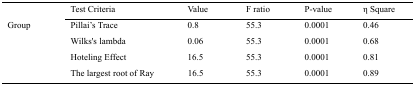
<table><thead><tr><td></td><td><b>Test Criteria</b></td><td><b>Value</b></td><td><b>F ratio</b></td><td><b>P-value</b></td><td><b>η Square</b></td></tr></thead><tbody><tr><td rowspan="4">Group</td><td>Pillai’s Trace</td><td>0.8</td><td>55.3</td><td>0.0001</td><td>0.46</td></tr><tr><td>Wilks’s lambda</td><td>0.06</td><td>55.3</td><td>0.0001</td><td>0.68</td></tr><tr><td>Hoteling Effect</td><td>16.5</td><td>55.3</td><td>0.0001</td><td>0.81</td></tr><tr><td>The largest root of Ray</td><td>16.5</td><td>55.3</td><td>0.0001</td><td>0.89</td></tr></tbody></table>